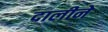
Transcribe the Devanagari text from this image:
दालीने